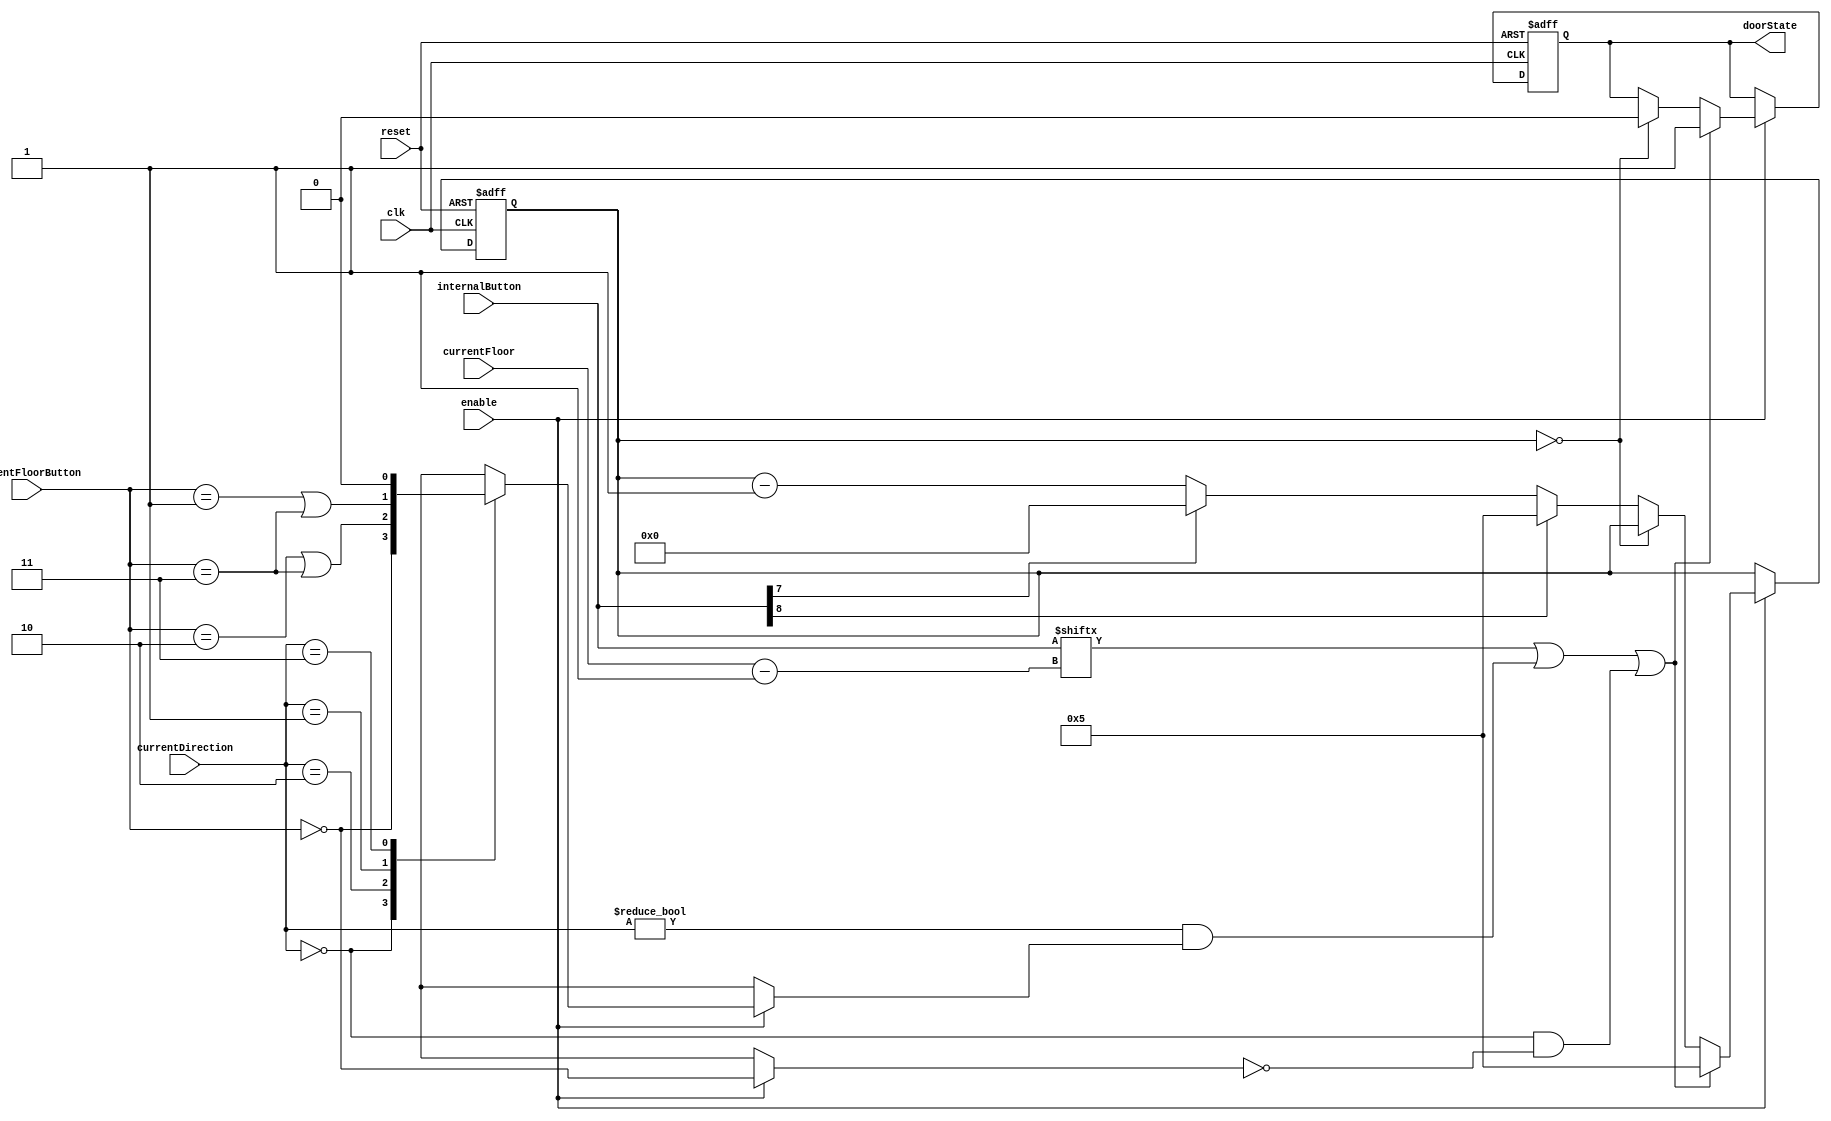
`timescale 1ns / 1ps

module Door#(parameter CLK_PER_OPEN=5)
   ( //second
     input       clk,
     input       enable,
     input       reset,
     input [2:0] currentFloor,
     input [1:0] currentDirection,
     input [1:0] currentFloorButton,
     input [9:1] internalButton,
     output reg  doorState
     );

   /*reset signal also act a role of moving detector
    (When Ele is moving, reset of door is on)*/



   localparam OPEN_B = 9, CLOSE_B = 8,
     ON = 1'b1, OFF = 1'b0,
     OPEN = 1'b1, CLOSE = 1'b0,
     INIT = 32'b0,
     STOP = 2'b00, UP = 2'b10, DOWN = 2'b01, UPDOWN = 2'b11;

   reg [31:0]    counter;

   /*
    close condition ::
    1. close button is on.
    2. counter goes INIT when door is opened.

    open condition  ::
    1. open button is on when Ele is stoped or door is opened.
    2. currentFloorButton is same with currentDirection, except 2'b00
    3. internalButton is set on this floor when Ele is not stoped.
    */

   always @(posedge clk or posedge reset)
     begin
        if (reset == ON)
          begin
             doorState <= CLOSE;
             counter  <= INIT;
          end
        else if (enable == ON)
          begin
             if (internalButton[currentFloor] == ON ||
                 (currentDirection != STOP &&
                  isIn(currentDirection, currentFloorButton)) ||
                 (currentDirection == STOP &&
                  !isIn(STOP, currentFloorButton)))
               begin
                  doorState <= OPEN;
                  counter <= CLK_PER_OPEN;
               end
             else if (counter == INIT)
               begin
                  if (doorState == OPEN)
                    doorState <= CLOSE;
               end
             else
               begin
                  if (internalButton[OPEN_B] == ON)
                    counter <= CLK_PER_OPEN;
                  else if (internalButton[CLOSE_B] == ON)
                    counter <= INIT;
                  else
                    counter <= counter - 1;
               end // else: !if(counter == INIT)
          end // else: !if(reset == 1)
     end // always @ (posedge clk)

   function isIn;
      input [1:0] currentDirection;
      input [1:0] currentFloorButton;
      begin
         case (currentDirection)
           STOP   : isIn = (currentFloorButton == STOP);
           UP     : isIn = (currentFloorButton == UP
                            || currentFloorButton == UPDOWN);
           DOWN   : isIn = (currentFloorButton == DOWN
                            || currentFloorButton == UPDOWN);
           UPDOWN :
             begin
                isIn = 0;
                $display("ERROR in Door!");
             end
         endcase // case (currentDirection)
      end
   endfunction // isIn
endmodule // Door